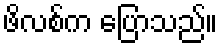
ဖိလစ်က ပြောသည်။